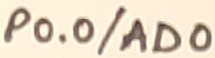
Text: P0.0/AD0